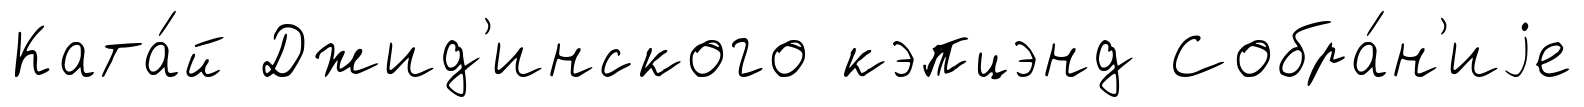
Ката́й Джид'инского кэпцэнд Собра́н'иjе